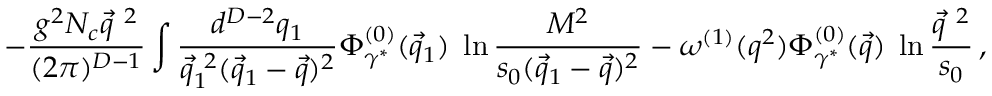
- \frac { g ^ { 2 } N _ { c } \vec { q } ^ { ~ 2 } } { ( 2 \pi ) ^ { D - 1 } } \int \frac { d ^ { D - 2 } q _ { 1 } } { \vec { q } _ { 1 } ^ { ~ 2 } ( \vec { q } _ { 1 } - \vec { q } ) ^ { 2 } } \Phi _ { \gamma ^ { * } } ^ { ( 0 ) } ( \vec { q } _ { 1 } ) \; \ln \frac { M ^ { 2 } } { s _ { 0 } ( \vec { q } _ { 1 } - \vec { q } ) ^ { 2 } } - \omega ^ { ( 1 ) } ( q ^ { 2 } ) \Phi _ { \gamma ^ { * } } ^ { ( 0 ) } ( \vec { q } ) \; \ln \frac { \vec { q } ^ { ~ 2 } } { s _ { 0 } } \, ,